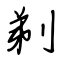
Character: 剃